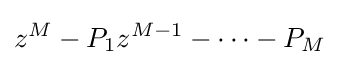
z^{M}-P_{1}z^{M-1}-\dots -P_{M}